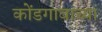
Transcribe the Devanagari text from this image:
कोंडगावाच्या